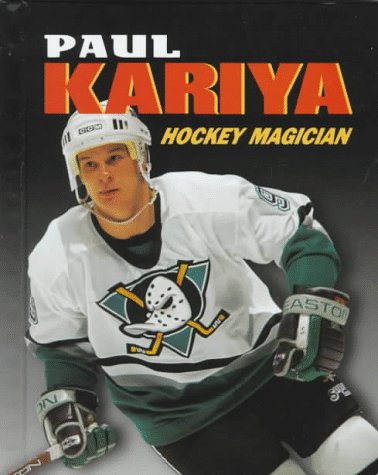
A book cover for Paul Kariya: Hockey Magician (Sports Achievers); Jeff Savage; Teen & Young Adult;